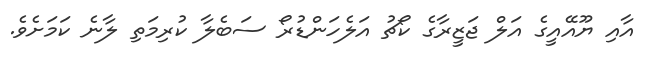
އާއި ޔޫއޭއީގެ އަލް ޖަޒީރާގެ ކޯޗު އަލެހަންޑުރޯ ސަބެލާ ކުރިމަތި ލާނެ ކަމަށެވެ.